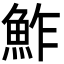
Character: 鮓